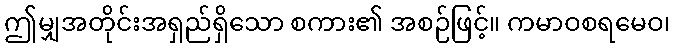
ဤမျှအတိုင်းအရှည်ရှိသော စကား၏ အစဉ်ဖြင့်။ ကမာဝစရမေဝ၊